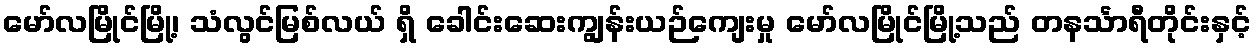
မော်လမြိုင်မြို့၊ သံလွင်မြစ်လယ် ရှိ ခေါင်းဆေးကျွန်းယဉ်ကျေးမှု မော်လမြိုင်မြို့သည် တနင်္သာရီတိုင်းနှင့်